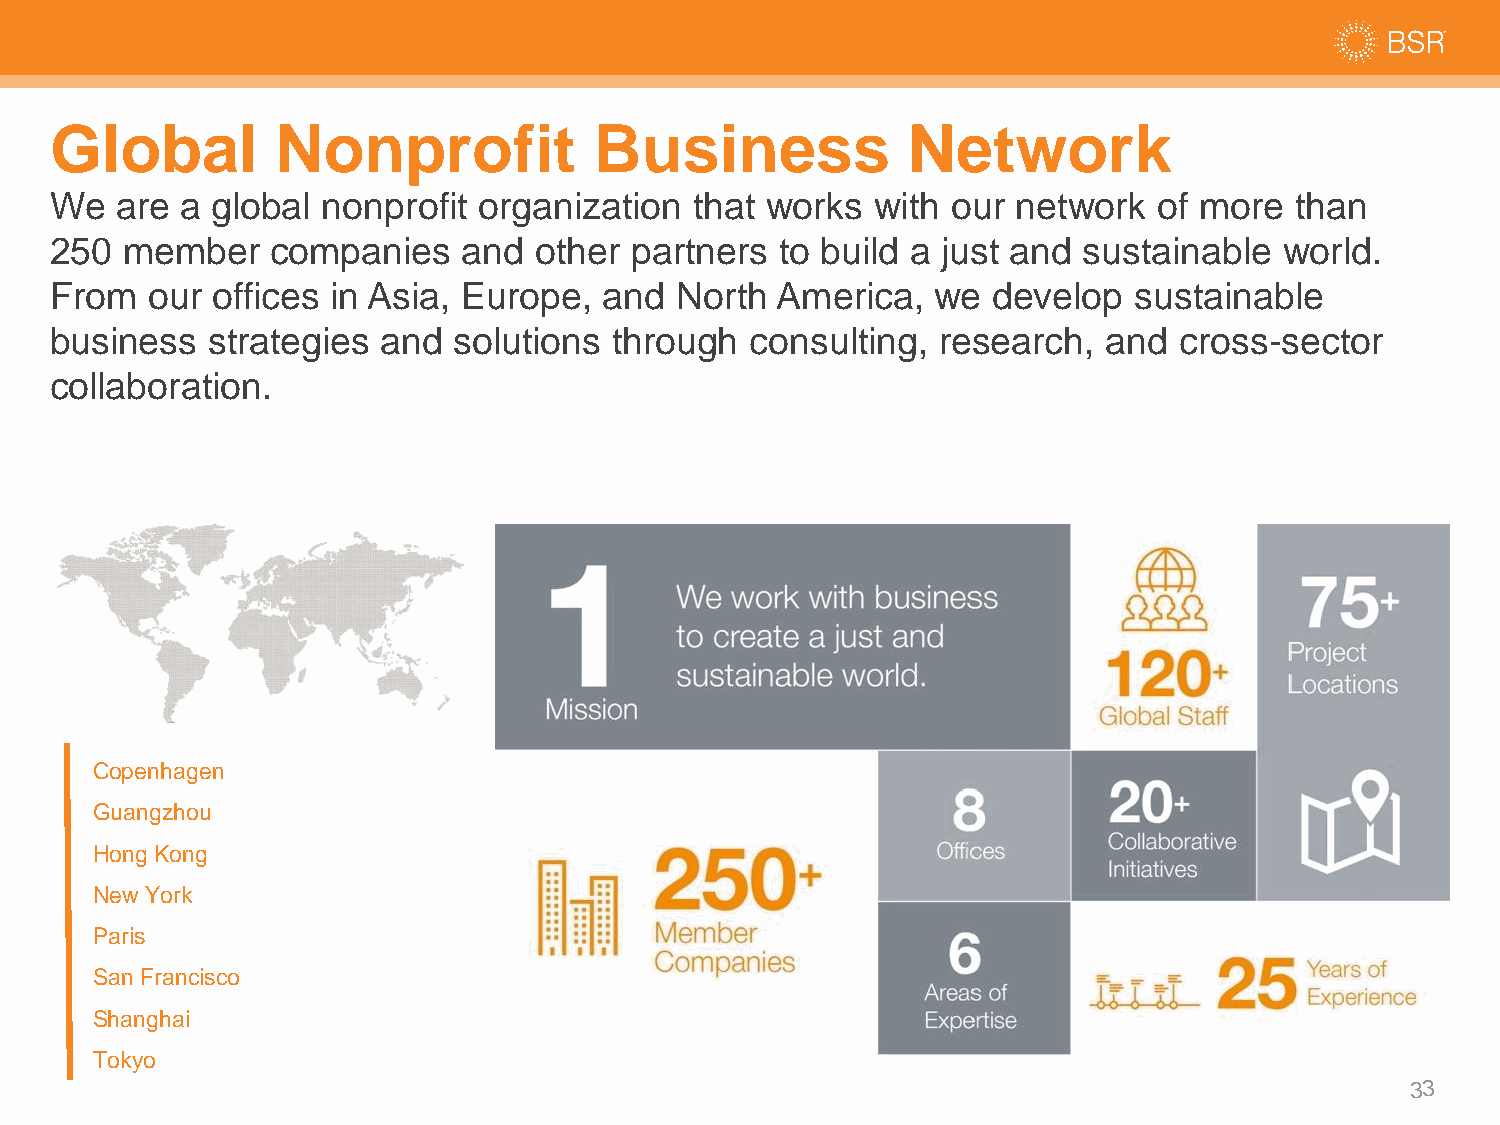
Global         Nonprofit            Business             Network
 We   are a global nonprofit  organization  that works  with our network   of more  than
 250  member    companies    and other  partners  to build a just and sustainable  world.
 From   our offices in Asia, Europe,  and  North America,   we  develop  sustainable
 business   strategies and  solutions  through  consulting, research,  and  cross-sector
 collaboration.
 Copenhagen
 Guangzhou
 Hong Kong
 New York
 Paris
 San Francisco
 Shanghai
 Tokyo
 33